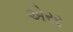
એરર